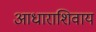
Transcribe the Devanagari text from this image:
आधाराशिवाय